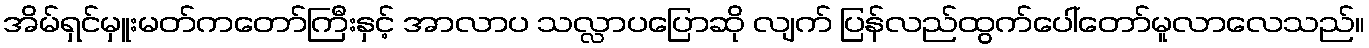
အိမ်ရှင်မှူးမတ်ကတော်ကြီးနှင့် အာလာပ သလ္လာပပြောဆို လျက် ပြန်လည်ထွက်ပေါ်တော်မူလာလေသည်။